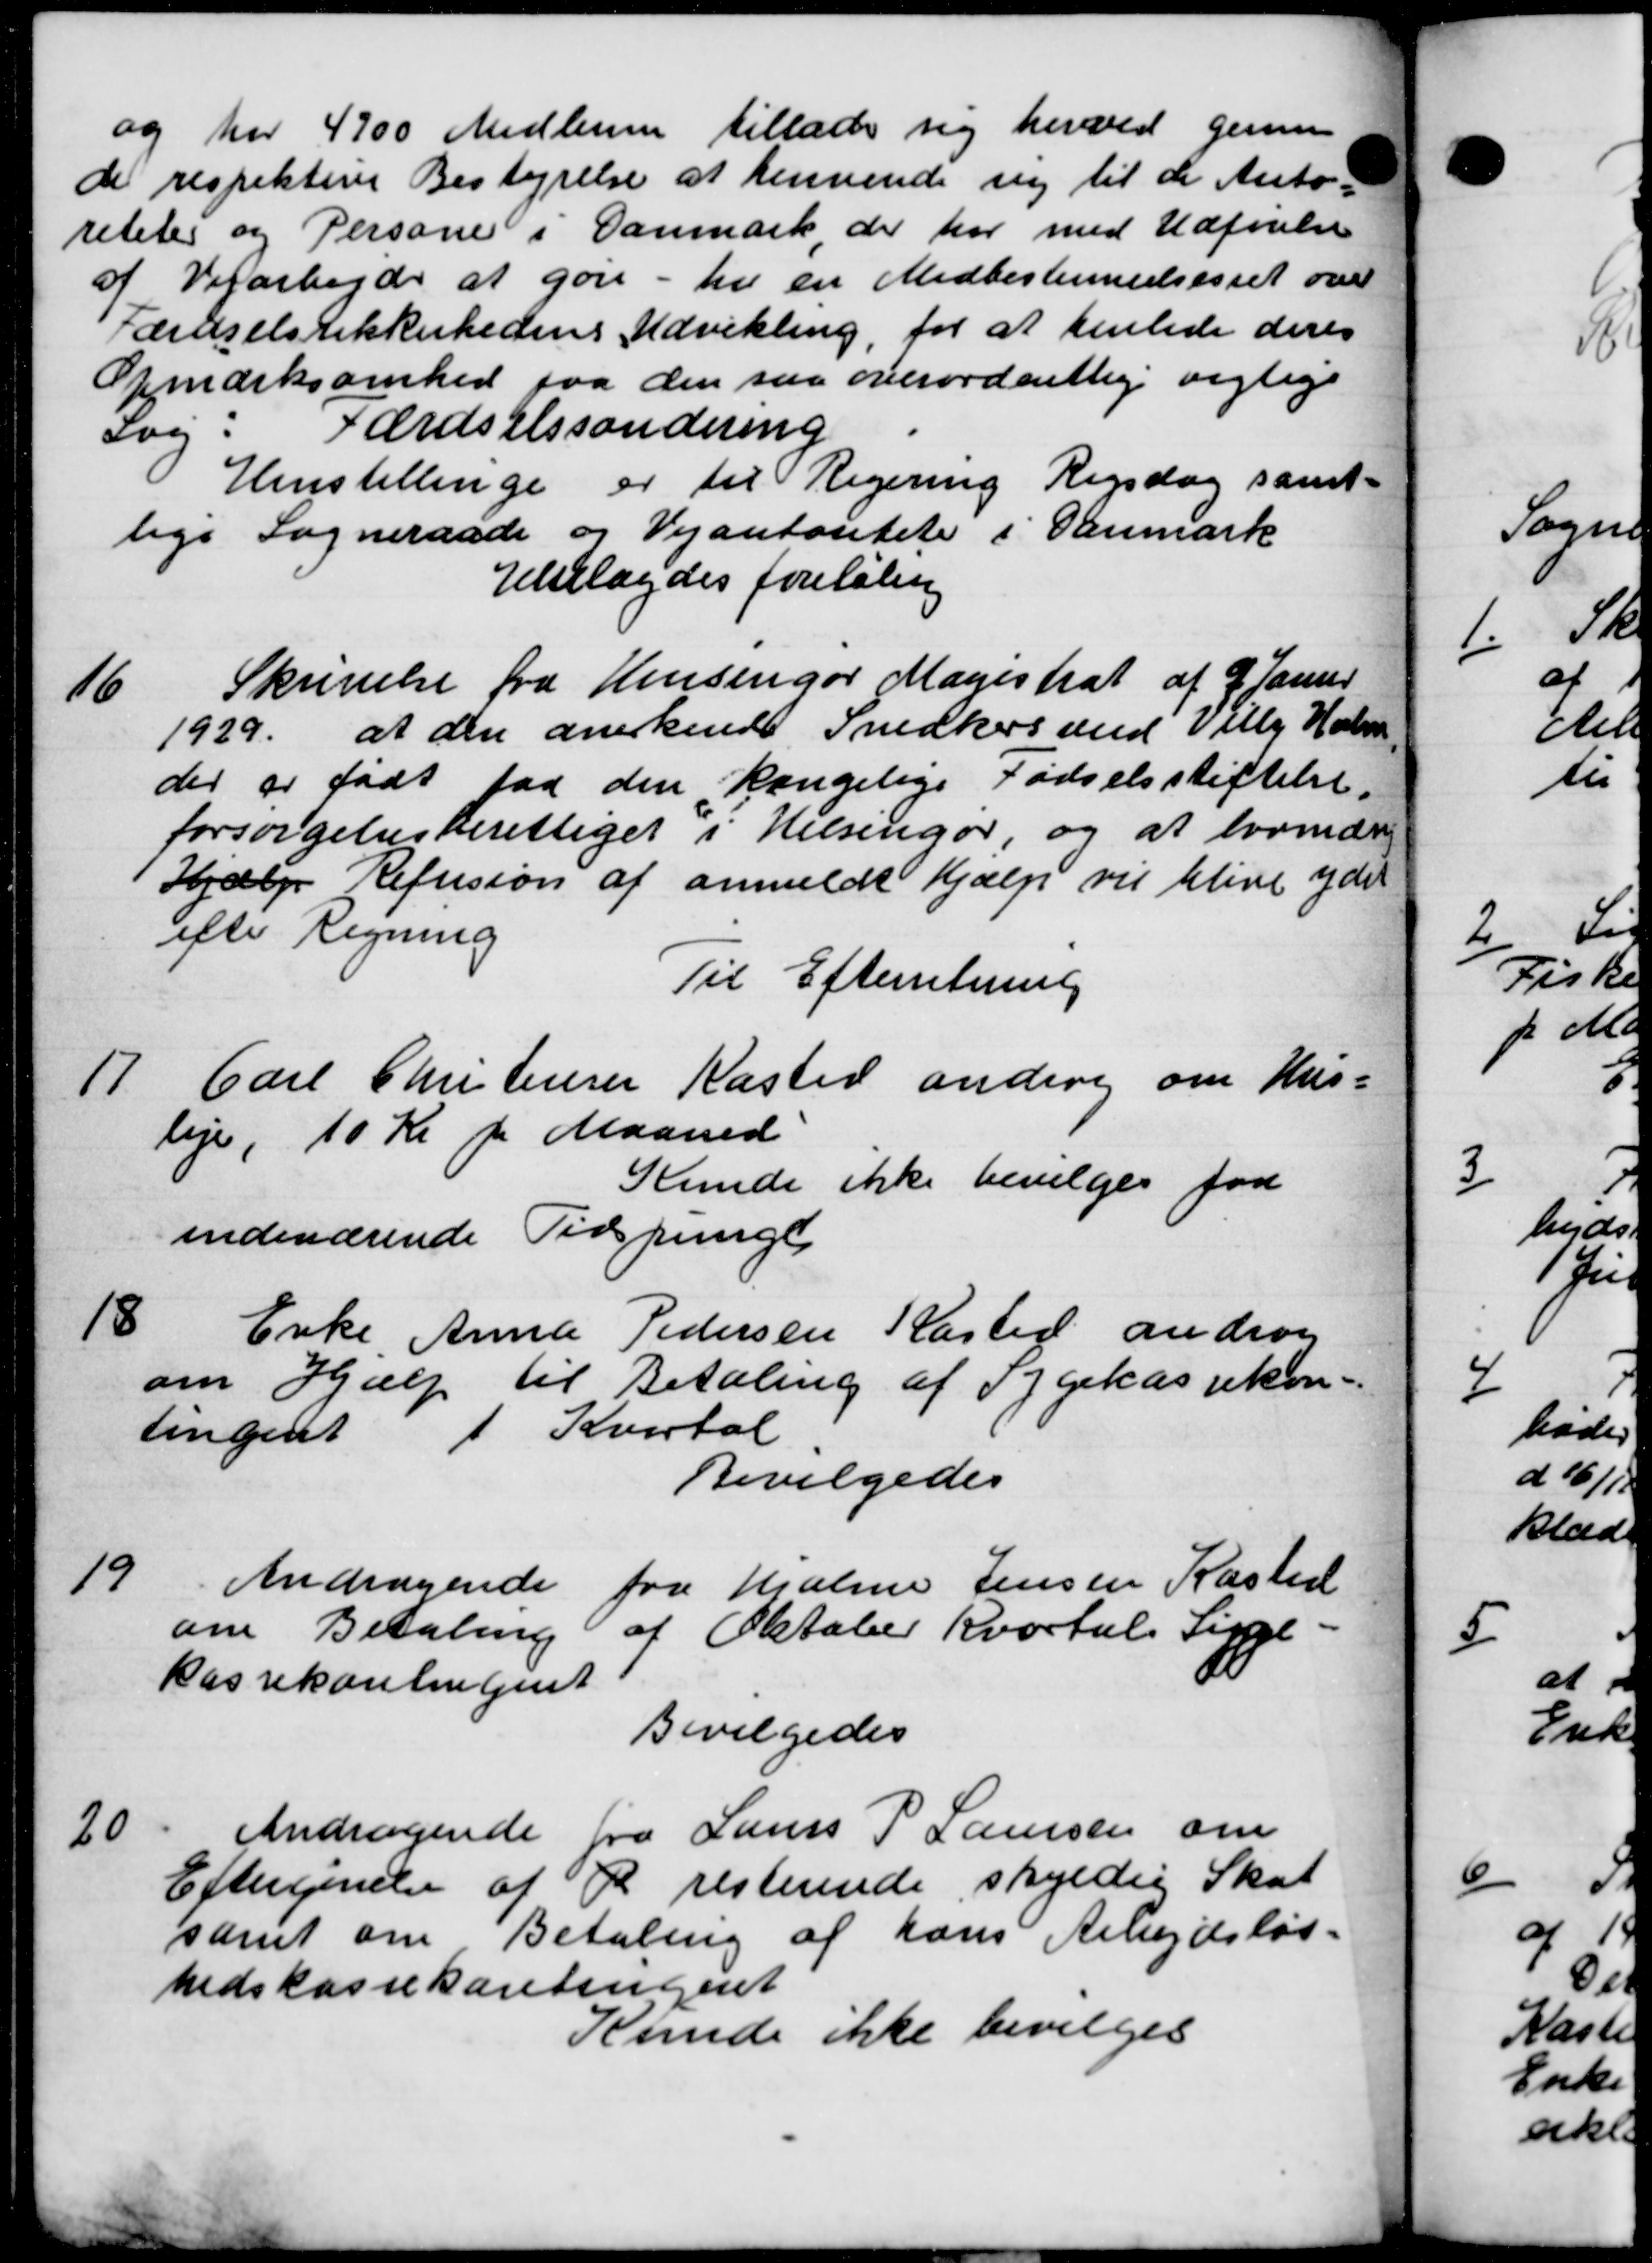
Transskription:
og har 4900 Medlemmer tillader sig herved genne
de respektive Bestyrelse at henvende sig til de Auto-
reteter og Persone i Danmark der har med Udførelse
af Vejarbejde at gøre - til en Medbestemmelsesret over
Færdselsrikkerhedens Udvikling, for at henlede deres
Opmærksomhed paa den saa overordentlig rigtige
Sog: Færdselssordering
Henstillinge er til Regering Rigsdag samt-
lige Sogneraade og Vejantonitet i Danmark
Henlagdes foretaling
Skrivelse fra Hensingør Magistrat af 9 Janur
16
1929 at den anerkende Snedkers and Villy Holm
der er født faa den kongelige Fødselsstiftelse.
forsørgelsesberettiget i Helsingør, og at lovmær
Hjælp Refusion af anmeldt Hjælp vil blive yde
efter Regning
Til Efterretning
17.
Carl Christensen Kaster anden om Hus-
leje, 10 Kr pr Maaned
Kunde ikke bevilges fra
indeværende Tidspungt
18
Enke, Anna Pedersen Kasted androg
om Hjælp til Betaling af Sygekassekon-
tingent Kvartal
Bevilgedes
19
Andragende fra Hjalme Jensen Kasted
om Betaling af Oktober Kvartal Sine
Kassekontingent
Bevilgedes
20.
Andragende fra Laurs P Laursen om
Eftergivelse af R resterende skyldig Skat
samt om Betaling af hans Arbejdsløs-
hedskassekontingent
Kunde ikke bevilges